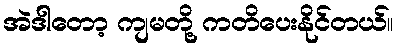
အဲဒါတော့ ကျမတို့ ကတိပေးနိုင်တယ်။